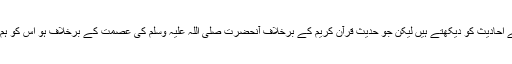
گو ہم نظر تہذیب سے احادیث کو دیکھتے ہیں لیکن جو حدیث قرآن کریم کے برخلاف آنحضرت صلی اللہ علیہ وسلم کی عصمت کے برخلاف ہو اس کو ہم کب مان سکتے ہیں۔